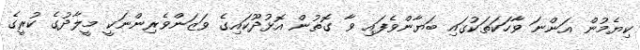
ކިޔެމުން އަންނަ ވާހަކަތަކުގައި ބަޔާންވެފައި ވާ ގޮތުން އޮޅުދޫކައިގެ ވަޒަންވެރިންނަކީ މީލާދުގެ ކުރީގެ